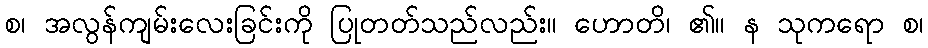
စ၊ အလွန်ကျမ်းလေးခြင်းကို ပြုတတ်သည်လည်း။ ဟောတိ၊ ၏။ န သုကရော စ၊